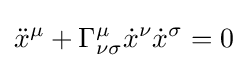
{\ddot {x}}^{\mu }+\Gamma _{\nu \sigma }^{\mu }{\dot {x}}^{\nu }{\dot {x}}^{\sigma }=0